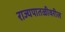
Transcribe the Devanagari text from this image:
राज्यपातळीवरील